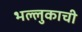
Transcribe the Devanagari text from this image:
भल्लुकाची